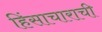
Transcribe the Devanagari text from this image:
हिंसाचाराची